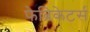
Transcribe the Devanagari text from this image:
फेब्रिकेटर्स